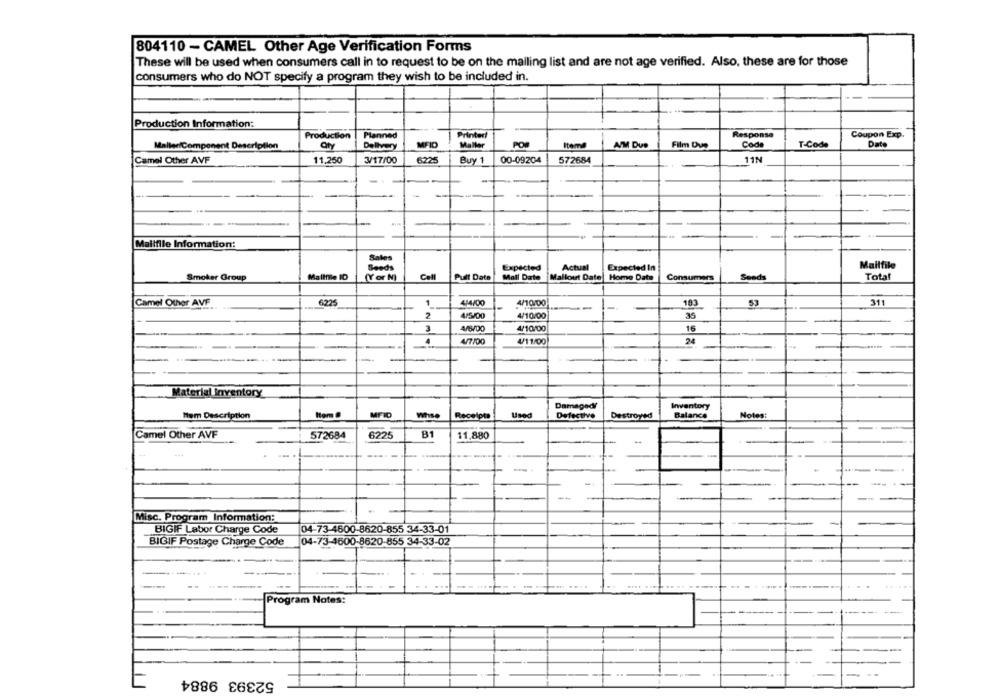
804110 - CAMEL Other Age Verification Forms
These will be used when consumers call in to request to be on the mailing list and are not age verified. Also, these are for those
consumers who do NOT specify a program they wish to be included in.
Production Information:
Production
Planned
Printed
Response
Coupon Exp.
Maller/Component Description
Delivery
MFID
Mallar
POR
Itema
AIM Due
Film Due
Code
T-Code
Date
Camel Other AVF
11.250
3/17/00
6225
Buy 1
00-09204
572684
11N
-
Mailfile Information:
Sales
Mailfile
Seeds
Expected
Actual
Expected In
Smoker Group
Maltfile ID
(Y or N]
Cell
Pult Date
Mall Date
Mallout Date Home Date
Consumers
Seeds
Total
Camel Other AVF
6225
1
4/4/00
4/10/00
183
53
311
--
2
4/10/00
35
16
3
4/10/00
4/7/00
4/11/00
24
-----
Material Inventory
Damaged
Inventory
Nem Description
MFID
Whse
Receipts
Use
Defective
Destroyed
Balance
Notes:
Camel Other AVF
572684
6225
11,880
Misc. Program Information:
BIGIF Labor Charge Code
04-73-4600-8620-855 34-33-01
BIGIF Postage Charge Code
04-73-4600-8620-855 34-33-02
Program Notes:
52393 9884